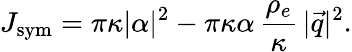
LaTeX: J_{\mathrm{sym}}=\pi\kappa|\alpha|^{2}-\pi\kappa\alpha\, \frac{\rho_{e}}{\kappa}\, |\vec{q}|^{2}.